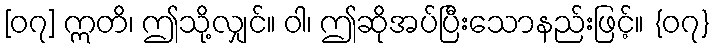
[၀၇] ဣတိ၊ ဤသို့လျှင်။ ဝါ၊ ဤဆိုအပ်ပြီးသောနည်းဖြင့်။ {၀၇}